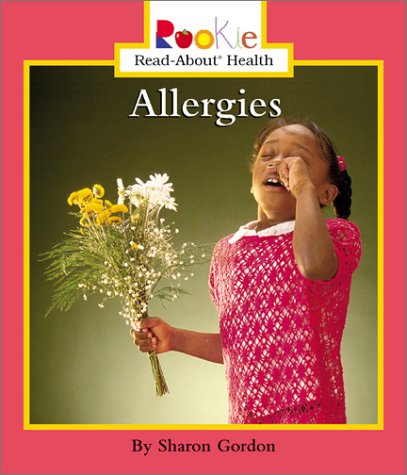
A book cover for Allergies (Rookie Read-About Health); Sharon Gordon; Health, Fitness & Dieting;